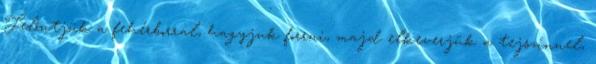
Felöntjük a fehérborral, hagyjuk forrni, majd elkeverjük a tejszínnel,